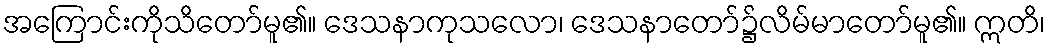
အကြောင်းကိုသိတော်မူ၏။ ဒေသနာကုသလော၊ ဒေသနာတော်၌လိမ်မာတော်မူ၏။ ဣတိ၊